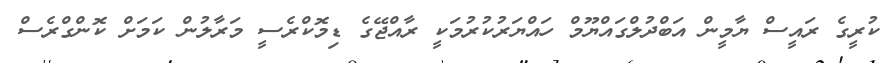
ކުރީގެ ރައީސް ޔާމީން އަބްދުލްގައްޔޫމް ހައްޔަރުކުރުމަކީ ރާއްޖޭގެ ޑިމޮކްރެސީ މަރާލުން ކަމަށް ކޮންގްރެސް